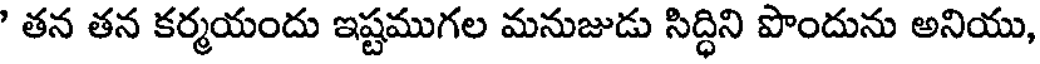
' తన తన కర్మయందు ఇష్టముగల మనుజుడు సిద్ధిని పొందును అనియు,